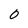
Character: 0